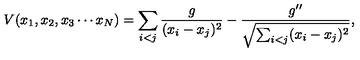
V ( x _ { 1 } , x _ { 2 } , x _ { 3 } \cdots x _ { N } ) = \sum _ { i < j } { \frac { g } { ( x _ { i } - x _ { j } ) ^ { 2 } } } - \frac { g ^ { \prime \prime } } { \sqrt { \sum _ { i < j } ( x _ { i } - x _ { j } ) ^ { 2 } } } ,